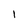
Character: l